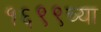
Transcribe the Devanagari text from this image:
१६९९च्या